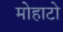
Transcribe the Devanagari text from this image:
मोहाटो